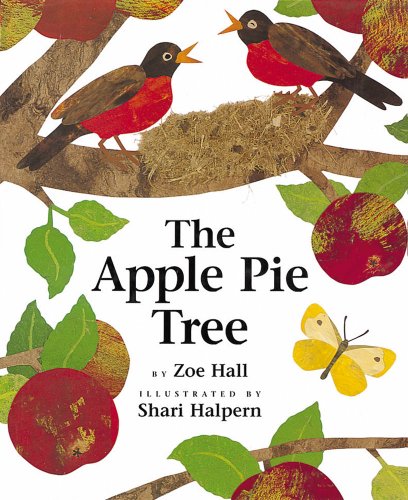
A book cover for The Apple Pie Tree; Zoe Hall; Science & Math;